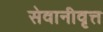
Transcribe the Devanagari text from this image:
सेवानीवृत्त